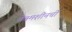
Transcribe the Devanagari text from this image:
वेबमशीनची